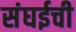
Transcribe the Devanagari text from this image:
संघईची